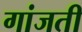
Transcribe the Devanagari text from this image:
गांजती